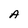
Character: A